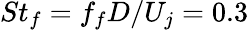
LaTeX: St_{f}=f_{f}D/U_{j}=0.3